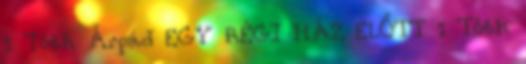
1 Tóth Árpád EGY RÉGI HÁZ ELŐTT 1 Tóth